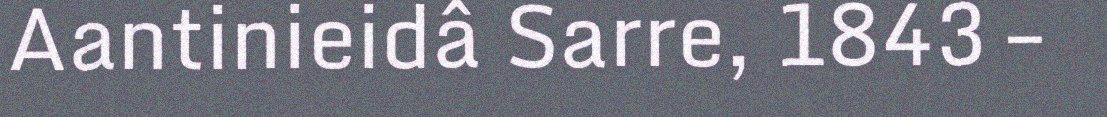
Aantinieidâ Sarre, 1843 –